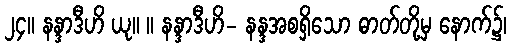
၂၄။ နန္ဒာဒီဟိ ယု။ ။ နန္ဒာဒီဟိ- နန္ဒအစရှိသော ဓာတ်တို့မှ နောက်၌၊